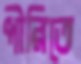
পীরিতে